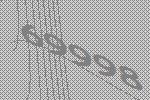
69998